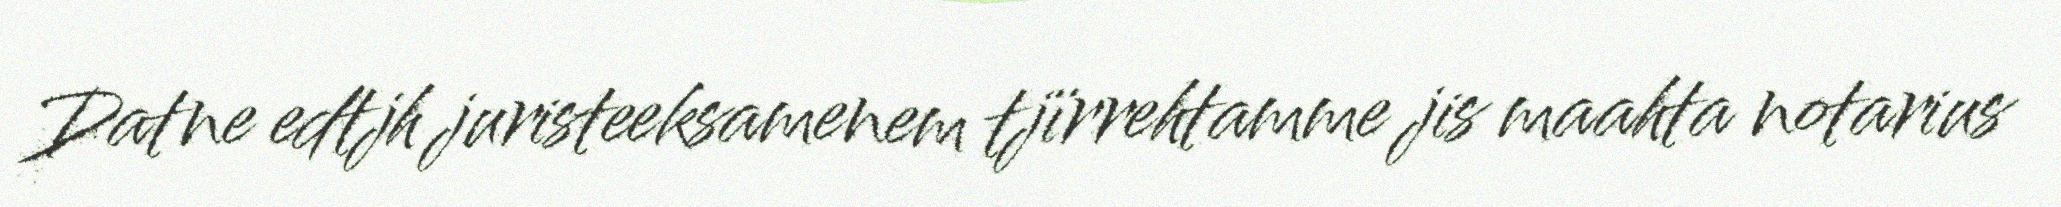
Datne edtjh juristeeksamenem tjïrrehtamme jis maahta notarius